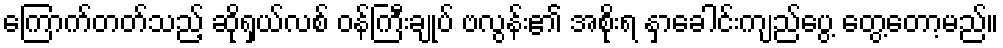
ကြောက်တတ်သည့် ဆိုရှယ်လစ် ဝန်ကြီးချုပ် ဗလွန်း၏ အစိုးရ နှာခေါင်းကျည်ပွေ့ တွေ့တော့မည်။